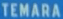
TEMARA